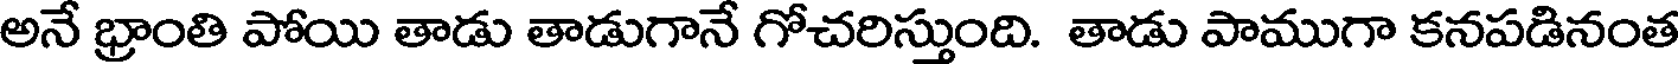
అనే భ్రాంతి పోయి తాడు తాడుగానే గోచరిస్తుంది. తాడు పాముగా కనపడినంత